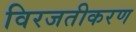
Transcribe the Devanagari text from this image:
विरजतीकरण